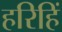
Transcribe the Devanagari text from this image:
हरिहिं